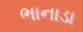
ભાનાડા